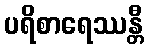
ပရိစာရေဿန္တီ